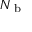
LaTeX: N _ { \textrm { b } }